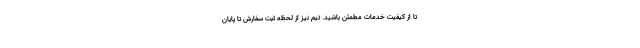
تا از کیفیت خدمات مطمئن باشید. تیم نیز از لحظه ثبت سفارش تا پایان